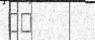
٢٠